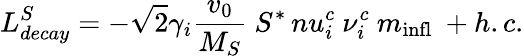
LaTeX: L_{decay}^{S}=-\sqrt{2}\gamma_{i}\frac{v_{0}}{M_{S}}\ S^{*}\, nu_{i}^{c}\ \nu_{i}^{c}\ m_{\mathrm{infl}}\ +h.c.